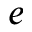
e